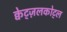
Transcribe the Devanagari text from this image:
क्वेट्ज़लकोट्ल